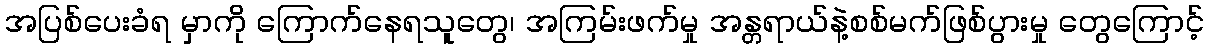
အပြစ်ပေးခံရ မှာကို ကြောက်နေရသူတွေ၊ အကြမ်းဖက်မှု အန္တရာယ်နဲ့စစ်မက်ဖြစ်ပွားမှု တွေကြောင့်